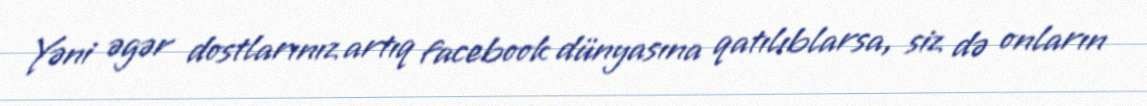
Yəni əgər dostlarınız artıq facebook dünyasına qatılıblarsa, siz də onların